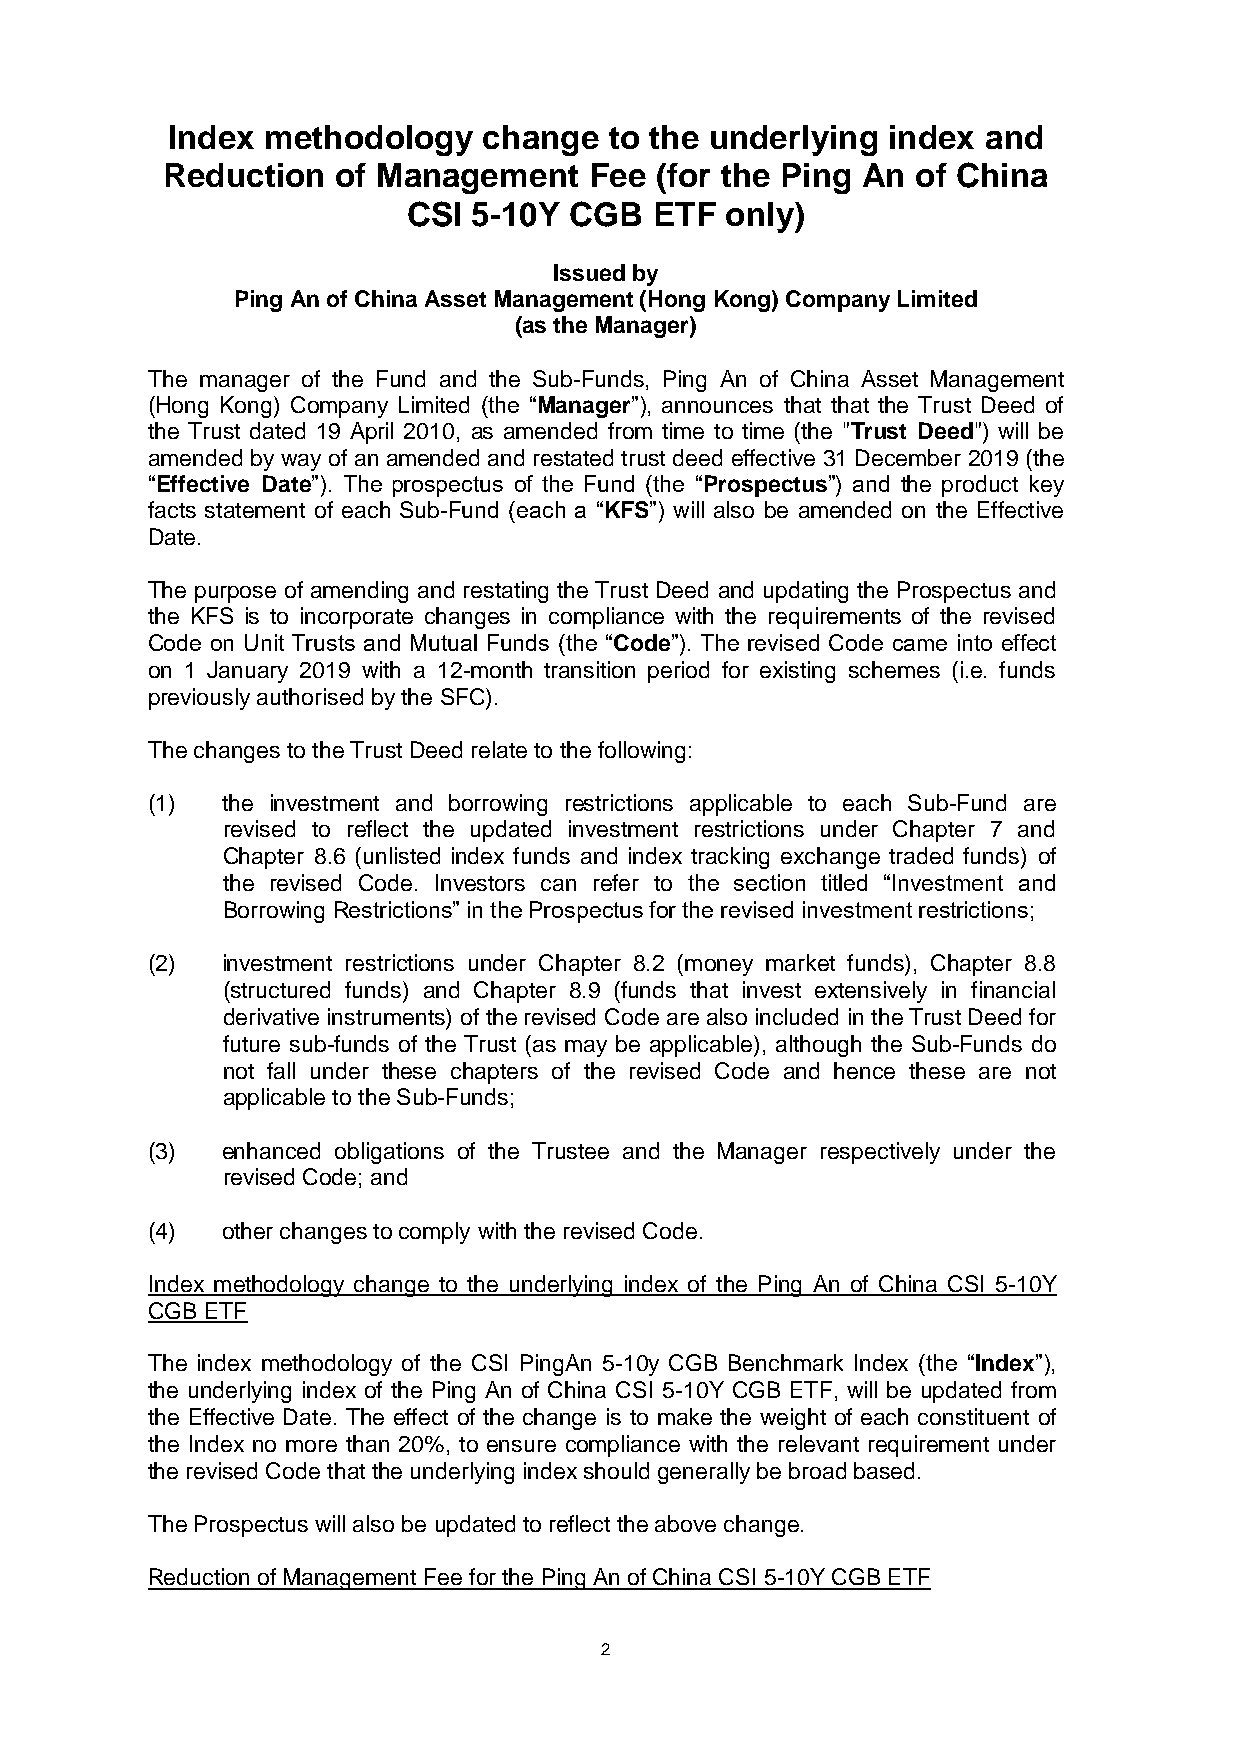
Index methodology    change  to the underlying  index and
 Reduction  of Management    Fee (for the Ping An  of China
 CSI 5-10Y  CGB  ETF  only)
 Issued by
 Ping An of China Asset Management (Hong Kong) Company Limited
 (as the Manager)
 The manager of the Fund and the Sub-Funds, Ping An of China Asset Management
 (Hong Kong) Company Limited (the “Manager”), announces that that the Trust Deed of
 the Trust dated 19 April 2010, as amended from time to time (the "Trust Deed") will be
 amended by way of an amended and restated trust deed effective 31 December 2019 (the
 “Effective Date”). The prospectus of the Fund (the “Prospectus”) and the product key
 facts statement of each Sub-Fund (each a “KFS”) will also be amended on the Effective
 Date.
 The purpose of amending and restating the Trust Deed and updating the Prospectus and
 the KFS is to incorporate changes in compliance with the requirements of the revised
 Code on Unit Trusts and Mutual Funds (the “Code”). The revised Code came into effect
 on 1 January 2019 with a 12-month transition period for existing schemes (i.e. funds
 previously authorised by the SFC).
 The changes to the Trust Deed relate to the following:
 (1)  the investment and borrowing restrictions applicable to each Sub-Fund are
 revised to reflect the updated investment restrictions under Chapter 7 and
 Chapter 8.6 (unlisted index funds and index tracking exchange traded funds) of
 the revised Code. Investors can refer to the section titled “Investment and
 Borrowing Restrictions” in the Prospectus for the revised investment restrictions;
 (2)  investment restrictions under Chapter 8.2 (money market funds), Chapter 8.8
 (structured funds) and Chapter 8.9 (funds that invest extensively in financial
 derivative instruments) of the revised Code are also included in the Trust Deed for
 future sub-funds of the Trust (as may be applicable), although the Sub-Funds do
 not fall under these chapters of the revised Code and hence these are not
 applicable to the Sub-Funds;
 (3)  enhanced obligations of the Trustee and the Manager respectively under the
 revised Code; and
 (4)  other changes to comply with the revised Code.
 Index methodology change to the underlying index of the Ping An of China CSI 5-10Y
 CGB ETF
 The index methodology of the CSI PingAn 5-10y CGB Benchmark Index (the “Index”),
 the underlying index of the Ping An of China CSI 5-10Y CGB ETF, will be updated from
 the Effective Date. The effect of the change is to make the weight of each constituent of
 the Index no more than 20%, to ensure compliance with the relevant requirement under
 the revised Code that the underlying index should generally be broad based.
 The Prospectus will also be updated to reflect the above change.
 Reduction of Management Fee for the Ping An of China CSI 5-10Y CGB ETF
 2